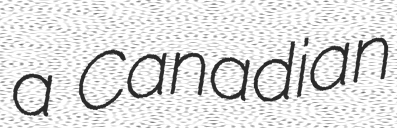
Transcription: a Canadian